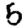
Digit: 5